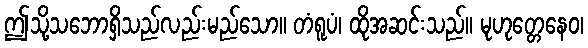
ဤသို့သဘောရှိသည်လည်းမည်သော။ တံရူပံ၊ ထိုအဆင်းသည်။ မုဟုတ္တေနေဝ၊